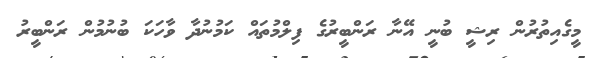
މީގެއިތުރުން ރިޝީ ބުނީ އޭނާ ރަންބީރުގެ ފިލްމުތައް ކަމުނުދާ ވާހަކަ ބުނުމުން ރަންބީރު